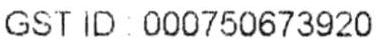
GST ID : 000750673920